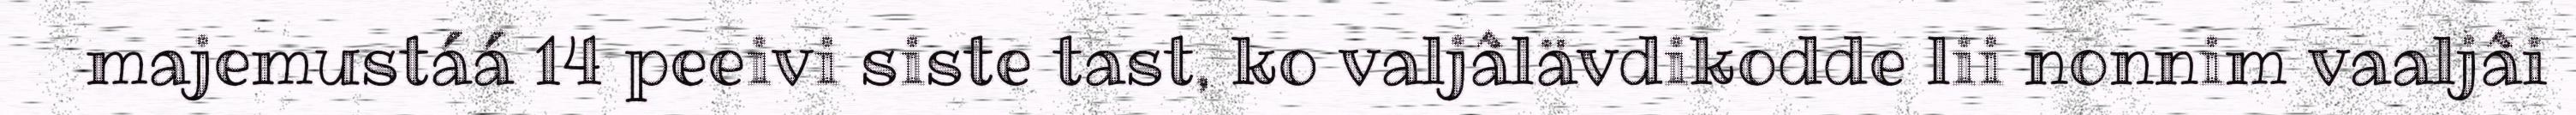
majemustáá 14 peeivi siste tast, ko valjâlävdikodde lii nonnim vaaljâi